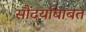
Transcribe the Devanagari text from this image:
सौंदर्याबाबत